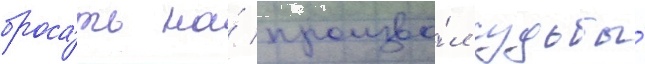
броса́ть на́ произво́л судьбы́